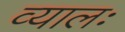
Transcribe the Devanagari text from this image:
व्यालः